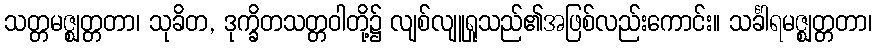
သတ္တမဇ္ဈတ္တတာ၊ သုခိတ, ဒုက္ခိတသတ္တဝါတို့၌ လျစ်လျူရှုသည်၏အဖြစ်လည်းကောင်း။ သင်္ခါရမဇ္ဈတ္တတာ၊